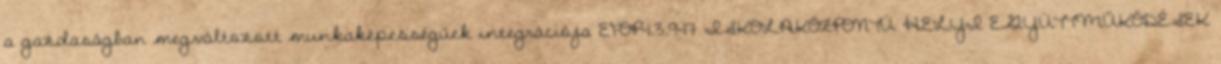
a gazdaságban megváltozott munkaképességűek integrációja EFOP-1.3.9-17 ISKOLAKÖZPONTÚ HELYI EGYÜTTMŰKÖDÉSEK